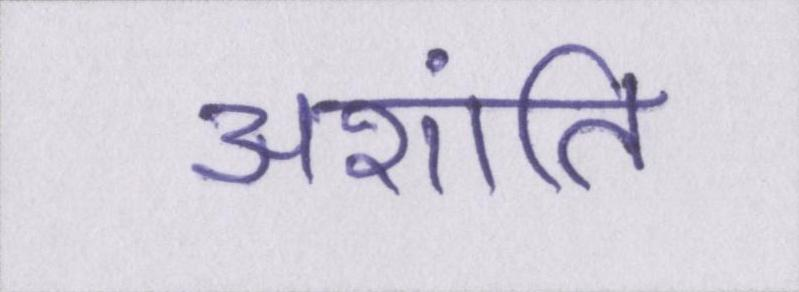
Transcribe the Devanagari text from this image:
अशांति